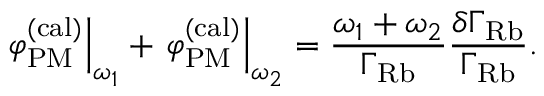
\left. \varphi _ { \mathrm { P M } } ^ { ( \mathrm { c a l ) } } \right\vert _ { \omega _ { 1 } } + \left. \varphi _ { \mathrm { P M } } ^ { ( \mathrm { c a l ) } } \right\vert _ { \omega _ { 2 } } = \frac { \omega _ { 1 } + \omega _ { 2 } } { \Gamma _ { \mathrm { R b } } } \frac { \delta \Gamma _ { \mathrm { R b } } } { \Gamma _ { \mathrm { R b } } } .